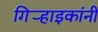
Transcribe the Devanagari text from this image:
गिर्‍हाइकांनी